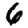
Digit: 6